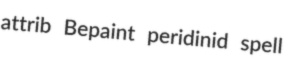
attrib Bepaint peridinid spell